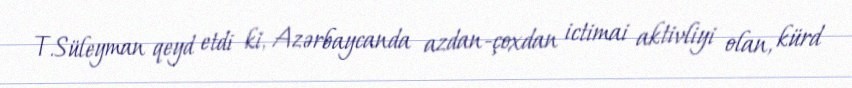
T.Süleyman qeyd etdi ki, Azərbaycanda azdan-çoxdan ictimai aktivliyi olan, kürd